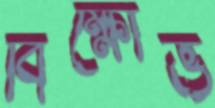
বিক্ষোভ